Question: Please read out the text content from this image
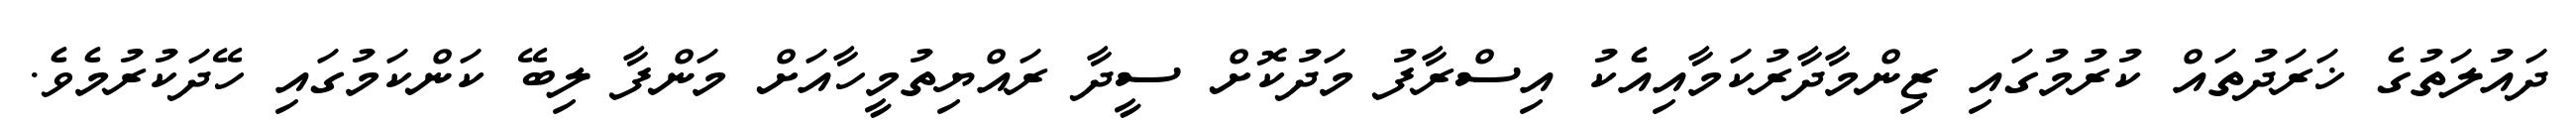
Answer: ދައުލަތުގެ ޚަރަދުތައް ކުރުމުގައި ޒިންމާދާރުކަމާއިއެކު އިސްރާފު މަދުކޮށް ސީދާ ރައްޔިތުމީހާއަށް މަންފާ ލިބޭ ކަންކަމުގައި ހޭދަކުރުމެވެ.